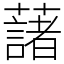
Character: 藷